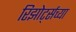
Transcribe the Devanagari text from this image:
रिझोर्ट्सच्या